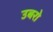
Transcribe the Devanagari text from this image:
उबरो